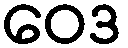
ဝေဒ